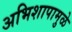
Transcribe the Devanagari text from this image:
अभिशापामुळे